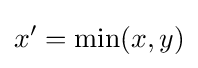
x'=\min(x,y)